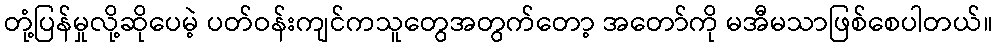
တုံ့ပြန်မှုလို့ဆိုပေမဲ့ ပတ်ဝန်းကျင်ကသူတွေအတွက်တော့ အတော်ကို မအီမသာဖြစ်စေပါတယ်။